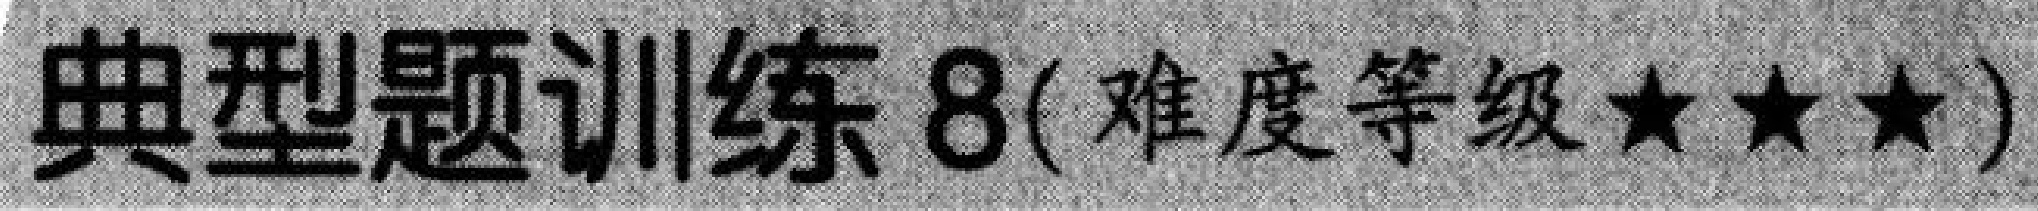
典型题训练8(难度等级★★★)